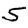
Digit: 5